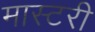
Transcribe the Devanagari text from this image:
मास्‍टरी